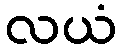
လယံ